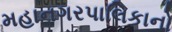
મહાનગરપાલિકાનો